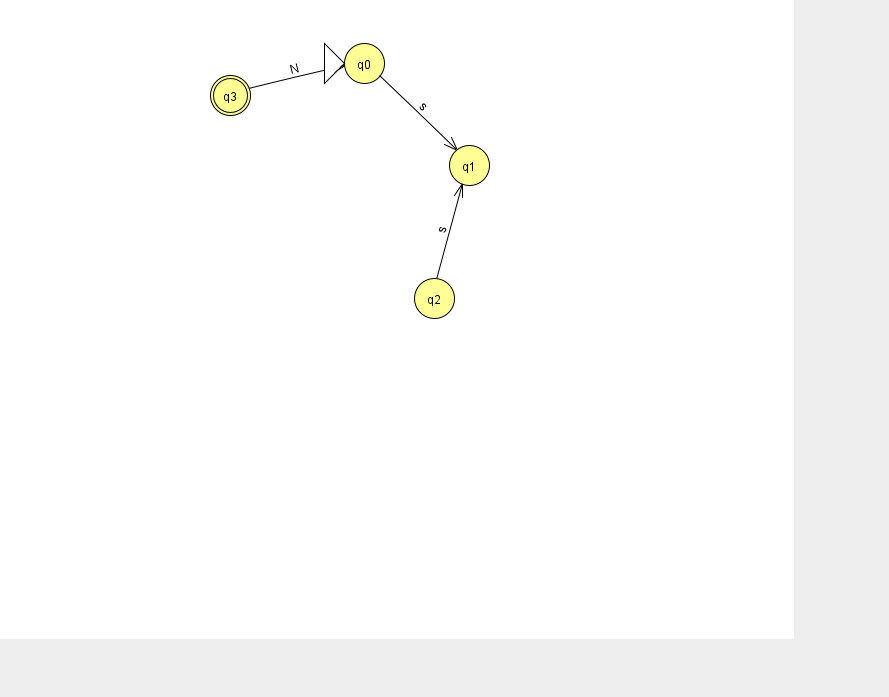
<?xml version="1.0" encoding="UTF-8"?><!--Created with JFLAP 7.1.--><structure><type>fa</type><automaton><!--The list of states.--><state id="0" name="q0"><x>364.0</x><y>50.0</y><initial/></state><state id="1" name="q1"><x>469.0</x><y>152.0</y></state><state id="2" name="q2"><x>434.0</x><y>285.0</y></state><state id="3" name="q3"><x>230.0</x><y>82.0</y><final/></state><!--The list of transitions.--><transition><from>0</from><to>1</to><read>s</read></transition><transition><from>2</from><to>1</to><read>s</read></transition><transition><from>3</from><to>0</to><read>N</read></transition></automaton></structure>